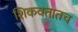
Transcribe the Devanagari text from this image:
शिकवतातच